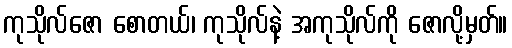
ကုသိုလ်ဇော စောတယ်၊ ကုသိုလ်နဲ့ အကုသိုလ်ကို ဇောလို့မှတ်။